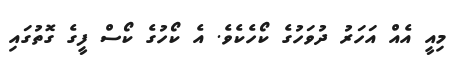
މިއީ އެއް އަަހަރު ދުވަހުގެ ކޯހެކެވެ. އެ ކޯހުގެ ކޯސް ފީގެ ގޮތުގައި